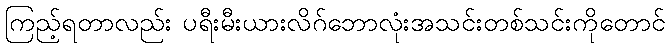
ကြည့်ရတာလည်း ပရီးမီးယားလိဂ်ဘောလုံးအသင်းတစ်သင်းကိုတောင်